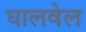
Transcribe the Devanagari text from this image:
घालवेल